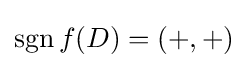
\operatorname {sgn} f(D)=(+,+)